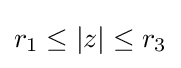
r_{1}\leq \left|z\right|\leq r_{3}